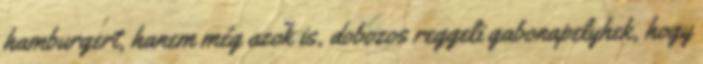
hamburgert, hanem még azok is, dobozos reggeli gabonapelyhek, hogy